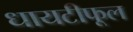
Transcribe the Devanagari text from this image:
धायटीफूल